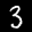
Label: 3